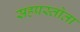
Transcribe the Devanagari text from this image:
सहप्रस्तोता